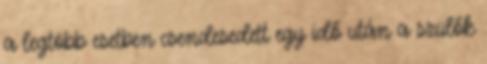
a legtöbb esetben csendesedett egy idő után a szülők